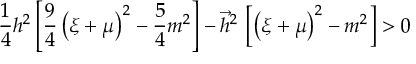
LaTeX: \frac 1 4 h ^ { 2 } \left[ \frac 9 4 \left( \xi + \mu \right) ^ { 2 } - \frac 5 4 m ^ { 2 } \right] - \vec { h } ^ { 2 } \, \left[ \left( \xi + \mu \right) ^ { 2 } - m ^ { 2 } \right] > 0